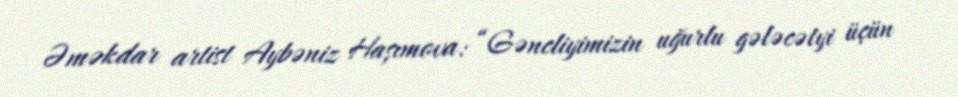
Əməkdar artist Aybəniz Haşımova: “Gəncliyimizin uğurlu gələcətyi üçün